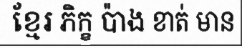
ខ្មែរ ភិក្ខ ប៉ាង ខាត់ មាន